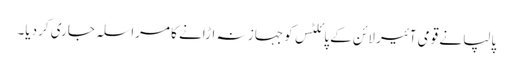
پالپا نے قومی آئیر لائن کے پائلٹس کو جہاز نہ اڑانے کا مراسلہ جاری کردیا۔